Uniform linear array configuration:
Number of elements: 48
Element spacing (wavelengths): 0.75
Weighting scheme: cosine
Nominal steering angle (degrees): -60
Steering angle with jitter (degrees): -61.768
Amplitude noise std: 0.05
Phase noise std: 0.05

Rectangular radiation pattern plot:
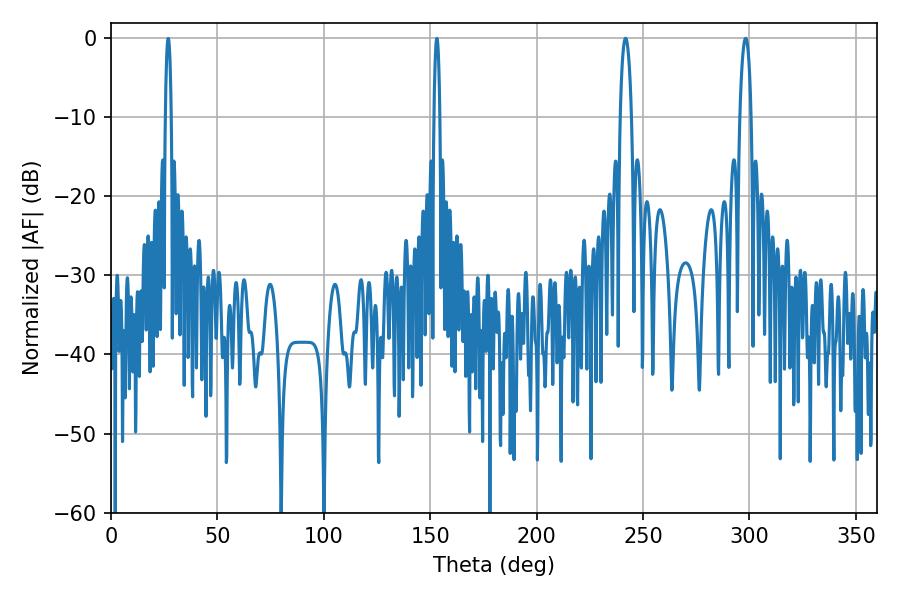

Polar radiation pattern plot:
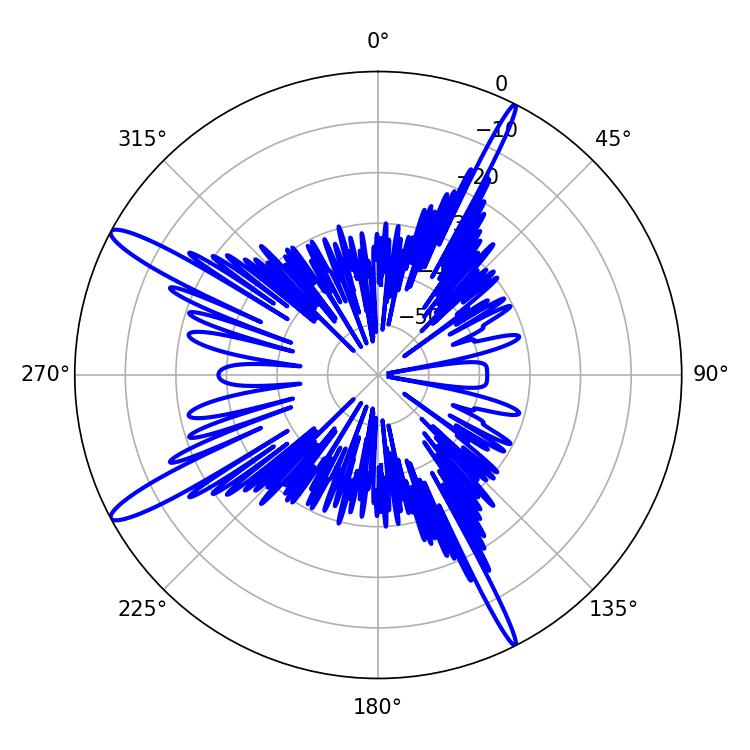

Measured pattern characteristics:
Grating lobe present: TRUE
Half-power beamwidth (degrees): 3.06
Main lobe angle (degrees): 241.74